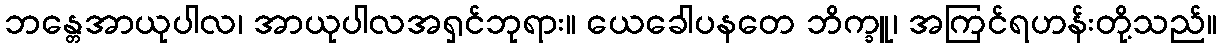
ဘန္တေအာယုပါလ၊ အာယုပါလအရှင်ဘုရား။ ယေခေါပနတေ ဘိက္ခူ၊ အကြင်ရဟန်းတို့သည်။